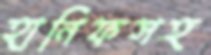
হানিফসহ